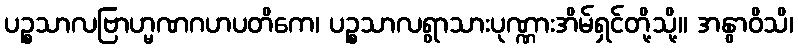
ပဉ္စသာလဗြာဟ္မဏဂဟပတိကေ၊ ပဉ္စသာလရွာသားပုဏ္ဏားအိမ်ရှင်တို့သို့။ အနွာဝိသိ၊